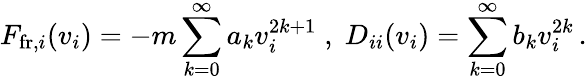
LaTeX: F_{\mathrm{fr},i}(v_{i})=-m\sum_{k=0}^{\infty}a_{k}v_{i}^{2k+1}\; ,\; D_{ii}(v_{i})=\sum_{k=0}^{\infty}b_{k}v_{i}^{2k}\, .